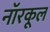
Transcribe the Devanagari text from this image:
नॉरकूल